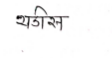
मजकूर: थडीस